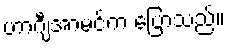
ဟာဂျီအာမင်က ပြောသည်။